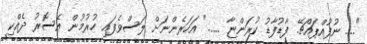
".... ނުފުއްޕައްޗޭ. ފާޑުފާޑު ކުރަންޏާ ......" އަހަރެންނަށް ލަސްވެފައި ހުރުމުން އެސޮރު ދެއްކި